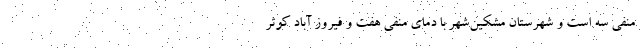
منفی سه است و شهرستان مشکین‌شهر با دمای منفی هفت و فیروز آباد کوثر